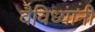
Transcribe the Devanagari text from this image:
वैविध्यानी